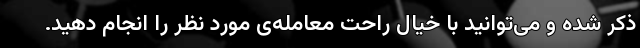
ذکر شده و می‌توانید با خیالِ راحت معامله‌ی مورد نظر را انجام دهید.